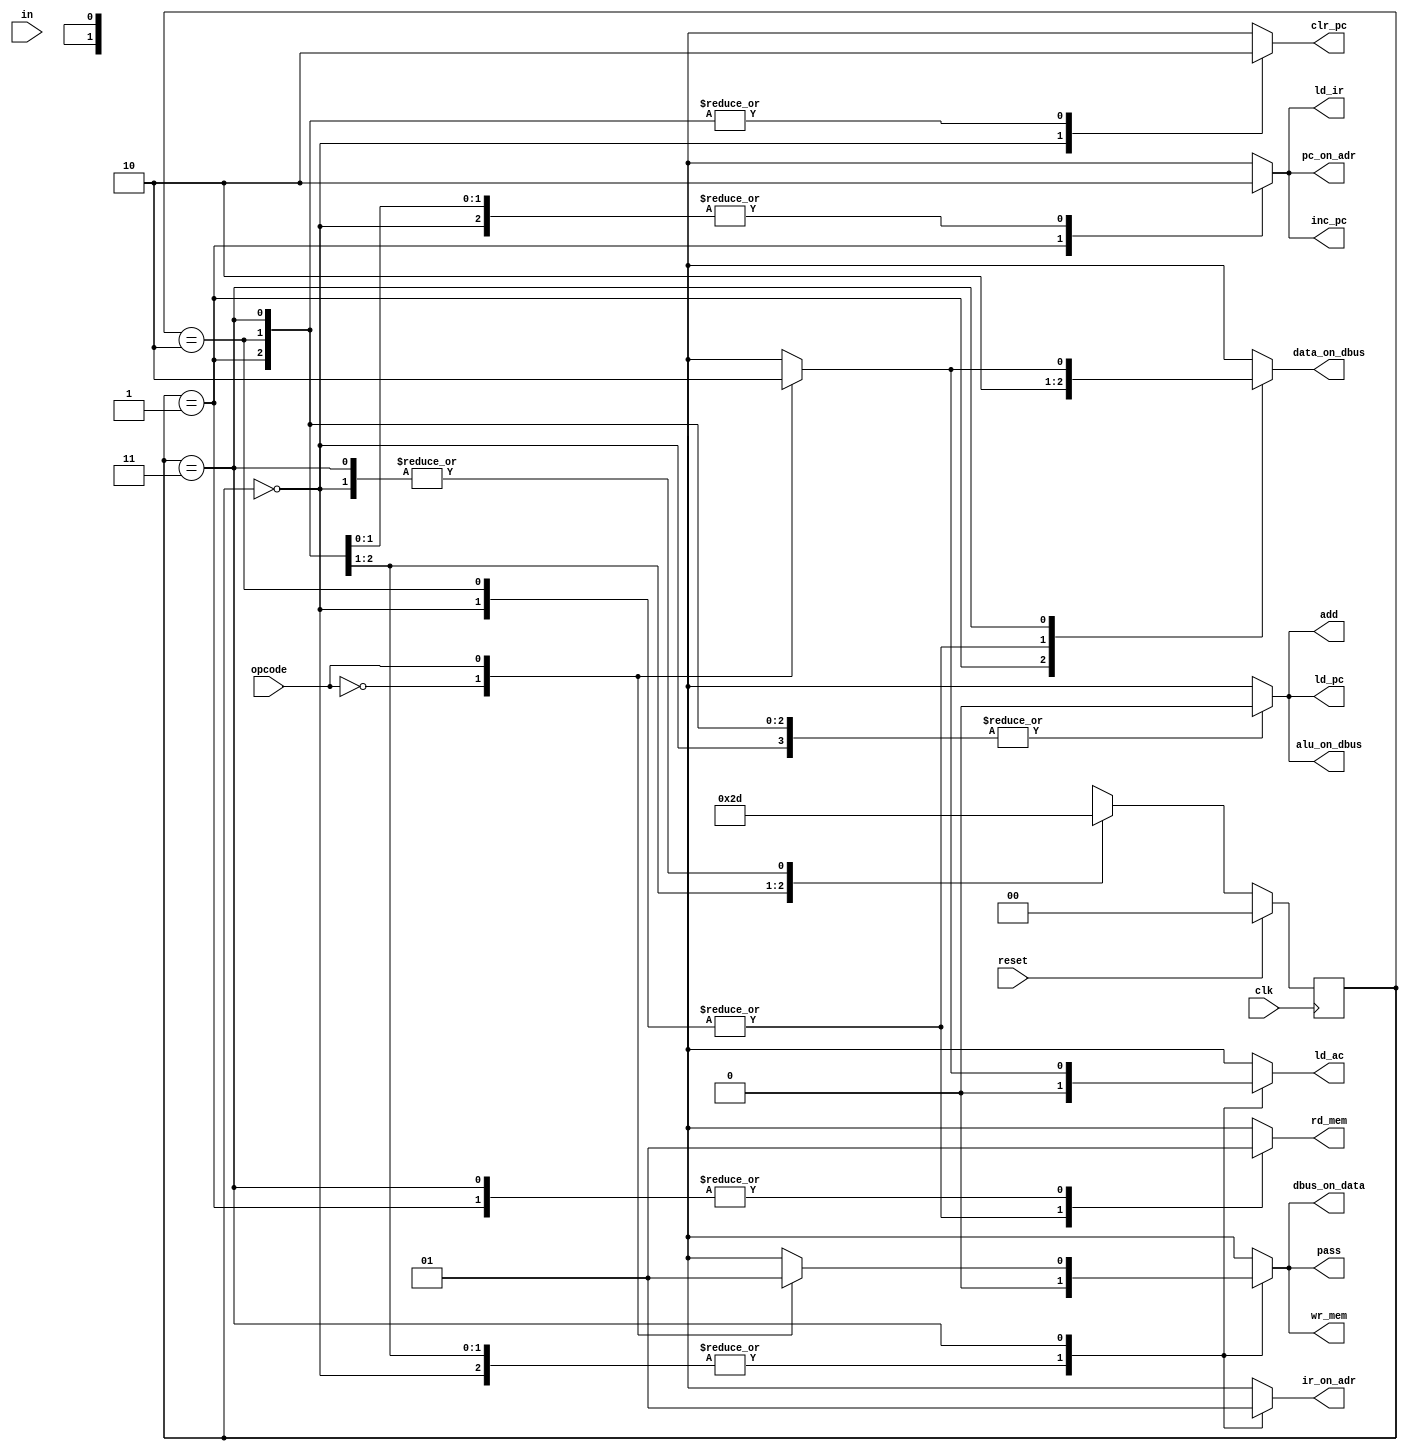
`timescale 1ns / 1ps
//////////////////////////////////////////////////////////////////////////////////
// Company: 
// Engineer: 
// 
// Design Name: 
// Module Name: contrl
// Project Name: 
// Target Devices: 
// Tool Versions: 
// Description: 
// 
// Dependencies: 
// 
// Revision:
// Revision 0.01 - File Created
// Additional Comments:
// 
//////////////////////////////////////////////////////////////////////////////////
`define Reset 2'b00
`define Fetch 2'b01
`define Decode 2'b10
`define Execute 2'b11

module contrl(
    input reset,
    input clk,
    input [1:0] in,
    input opcode,
    
    output reg rd_mem, wr_mem, ir_on_adr,
                pc_on_adr, dbus_on_data,
                data_on_dbus, ld_ir, ld_ac,
                ld_pc, inc_pc, clr_pc,
                pass, add, alu_on_dbus  );
                
reg [1:0] present_state, next_state;

always @(posedge clk)
       if (reset) present_state <= `Reset;
       else present_state <= next_state;

    always @(present_state or reset) begin: Combinational
            rd_mem=1'b0; wr_mem=1'b0; ir_on_adr=1'b0; pc_on_adr=1'b0;
            dbus_on_data=1'b0; data_on_dbus=1'b0; ld_ir=1'b0;
            ld_ac=1'b0; ld_pc=1'b0; inc_pc=1'b0; clr_pc=1'b0;
            pass=0; add=0; alu_on_dbus=1'b0;
            
            case ( present_state ) 
            `Reset: 
                    begin
                     next_state = reset ? `Reset : `Fetch;
                     clr_pc=1;
            end
            `Fetch:
                   begin next_state = `Decode;
                   pc_on_adr = 1; rd_mem = 1; data_on_dbus = 1; ld_ir=1;
                   inc_pc = 1;
             end
             `Decode:
                    next_state = `Execute;
                    
             `Execute: begin next_state = `Fetch;
             case (opcode)
                2'b00: begin
                   ir_on_adr = 1; rd_mem = 1;
                   data_on_dbus = 1; ld_ac = 1;
                end
                
                2'b01: begin
                   pass = 1;
                   ir_on_adr = 1; rd_mem = 1;
                   dbus_on_data = 1; wr_mem = 1;
                   end 
                
                2'b10: ld_pc = 1;
                2'b11: begin
                add = 1; alu_on_dbus = 1; ld_ac = 1;
                end  
            endcase
         end
         default: next_state = `Reset;
       endcase
      end

endmodule